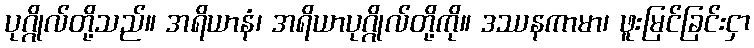
ပုဂ္ဂိုလ်တို့သည်။ အရိယာနံ၊ အရိယာပုဂ္ဂိုလ်တို့ကို။ ဒဿနကာမာ၊ ဖူးမြင်ခြင်းငှာ